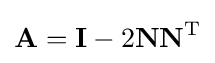
\mathbf {A} =\mathbf {I} -2\mathbf {NN} ^{\mathrm {T} }